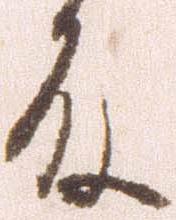
殿